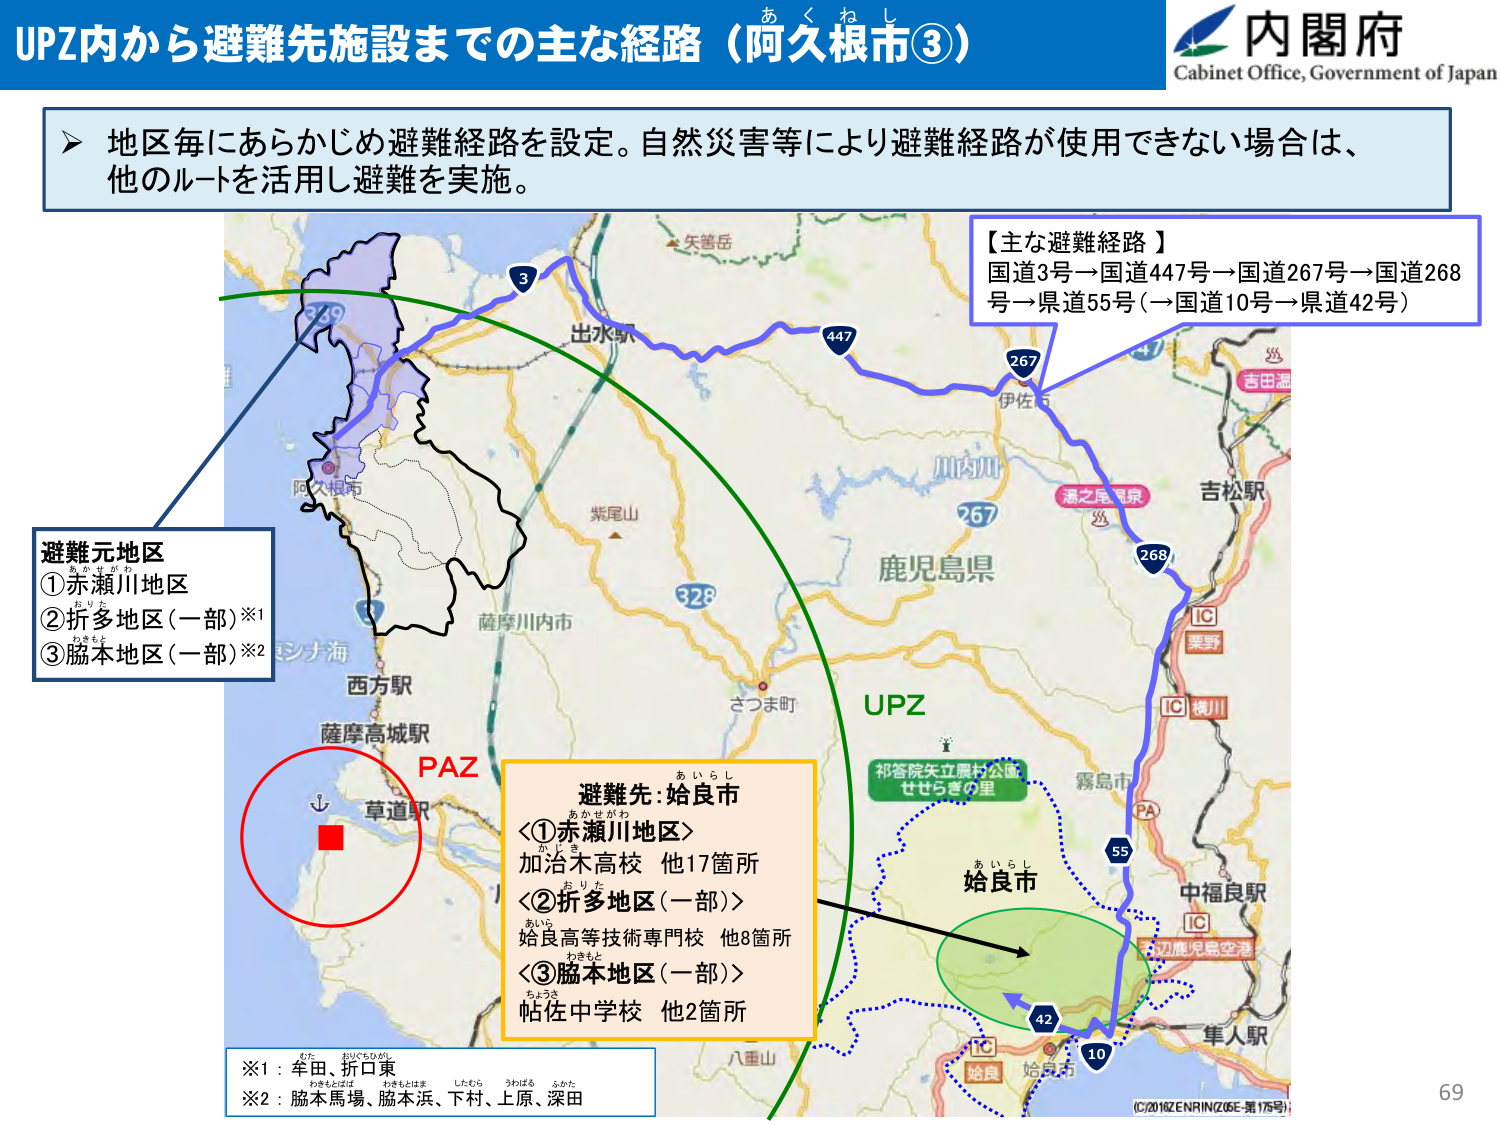
UPZ内から避難先施設までの主な経路（阿久根市③）
あ く ね し

内閣府
Cabinet Office, Government of Japan

➤ 地区毎にあらかじめ避難経路を設定。自然災害等により避難経路が使用できない場合は、
他のルートを活用し避難を実施。

【主な避難経路】
国道3号→国道447号→国道267号→国道268号→県道55号（→国道10号→県道42号）

避難元地区
①赤瀬川地区 あかせがわ
②折多地区（一部）※1 おりた
③脇本地区（一部）※2 わきもと

PAZ
草道駅

避難先：姶良市 あいらし
〈①赤瀬川地区〉 あかせがわ
加治木高校 他17箇所 かじき
〈②折多地区（一部）〉 おりた
姶良高等技術専門校 他8箇所 あいら
〈③脇本地区（一部）〉 わきもと
帖佐中学校 他2箇所 ちょうさ

※1：牟田、折口東 むた おりぐちひがし
　　わきもとはば わきもとはま したむら うわばる ふかた
※2：脇本馬場、脇本浜、下村、上原、深田

UPZ
矢筈岳
出水駅
3
447
267
伊佐
川内川
鹿児島県
267
328
さつま町
268
吉田温
吉松駅
湯之尾温泉
IC 素野
IC 浅川
霧島市
PA
中福良駅
IC
辺鹿児島空港
姶良市
あいらし
55
42
10
IC 姶良
姶良市
八重山
（C）2018 ZENRIN（Z06E-第175号）
69